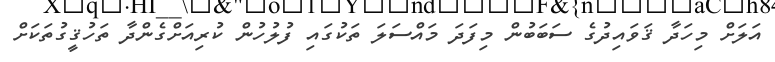
އަލަށް މިހަދާ ޤަވައިދުގެ ސަބަބުން މިފަދަ މައްސަލަ ތަކުގައި ފުލުހުން ކުރިއަށްގެންދާ ތަހުޤީގުތަކަށް